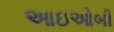
આઇઓબી